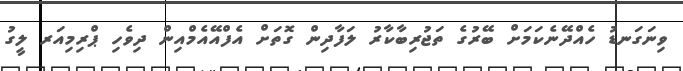
ވިނަގަނޑު ހެއްދޭނެކަމަށް ބޭރުގެ ތަޖުރިބާކާރު ލަފާދިން ގޮތަށް އެފްއޭއެމްއިން ދިވެހި ޕްރިމިއަރ ލީގު